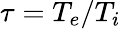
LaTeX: \tau=T_{e}/T_{i}